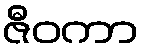
ဇီဝကာ